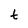
Character: t